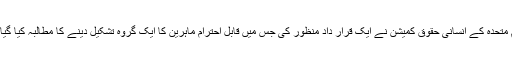
اقوامِ متحدہ کے انسانی حقوق کمیشن نے ایک قرار داد منظور کی جس میں قابلِ احترام ماہرین کا ایک گروہ تشکیل دینے کا مطالبہ کیا گیا تھا۔